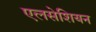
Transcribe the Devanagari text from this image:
एलसेशियन